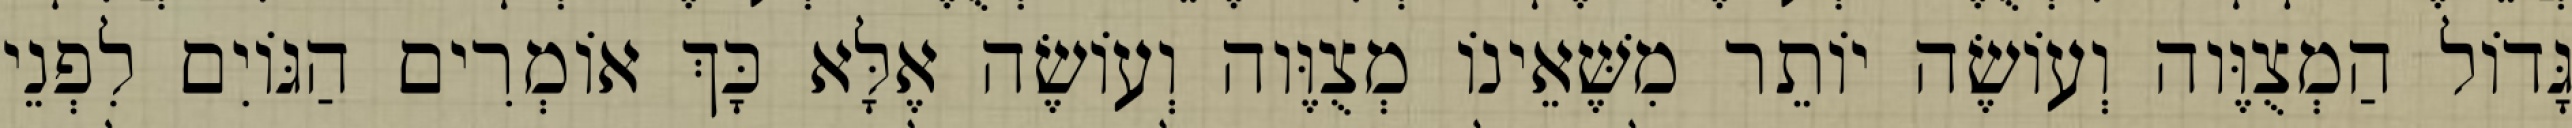
גָּדוֹל הַמְצֻוֶּוה וְעוֹשֶׂה יוֹתֵר מִשֶּׁאֵינוֹ מְצֻוֶּוה וְעוֹשֶׂה אֶלָּא כָּךְ אוֹמְרִים הַגּוֹיִם לִפְנֵי